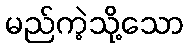
မည်ကဲ့သို့သော